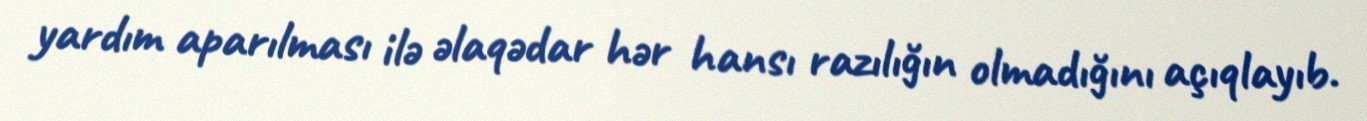
yardım aparılması ilə əlaqədar hər hansı razılığın olmadığını açıqlayıb.